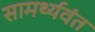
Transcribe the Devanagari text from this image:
सामर्थ्यवंत